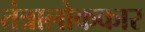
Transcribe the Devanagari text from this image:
तंत्रालोककार